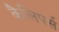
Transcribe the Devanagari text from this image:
कैलिपर्स